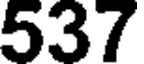
537